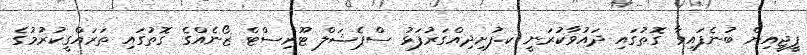
ޕީޖީއިން ބުނެފައިވާ ގޮތުގައި ދައުވާކުރަނީ ކ.ފުށިދިއްގަރުފަޅު ސްޕެޝަލް ޓޫރިސްޓް ޒޯނެއްގެ ގޮތުގައި ތަރައްގީކުރުމުގެ